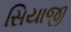
સિયાજી